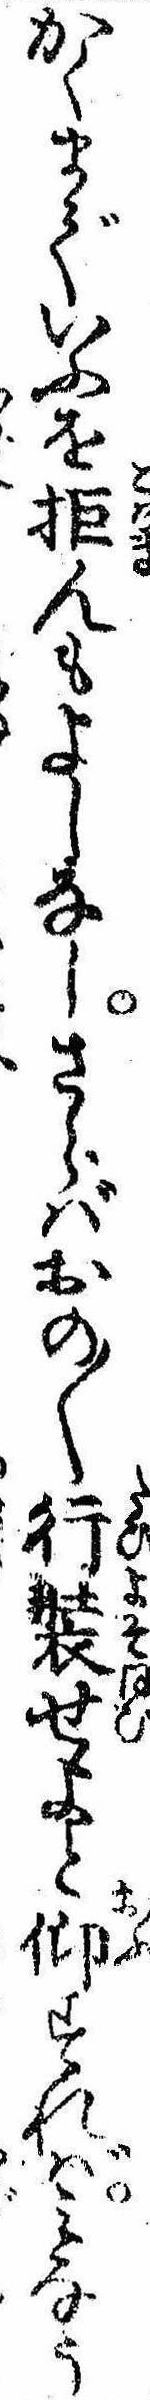
かくまでいふを拒んもよしなしさらばおの〱行装せよと仰すればみなう